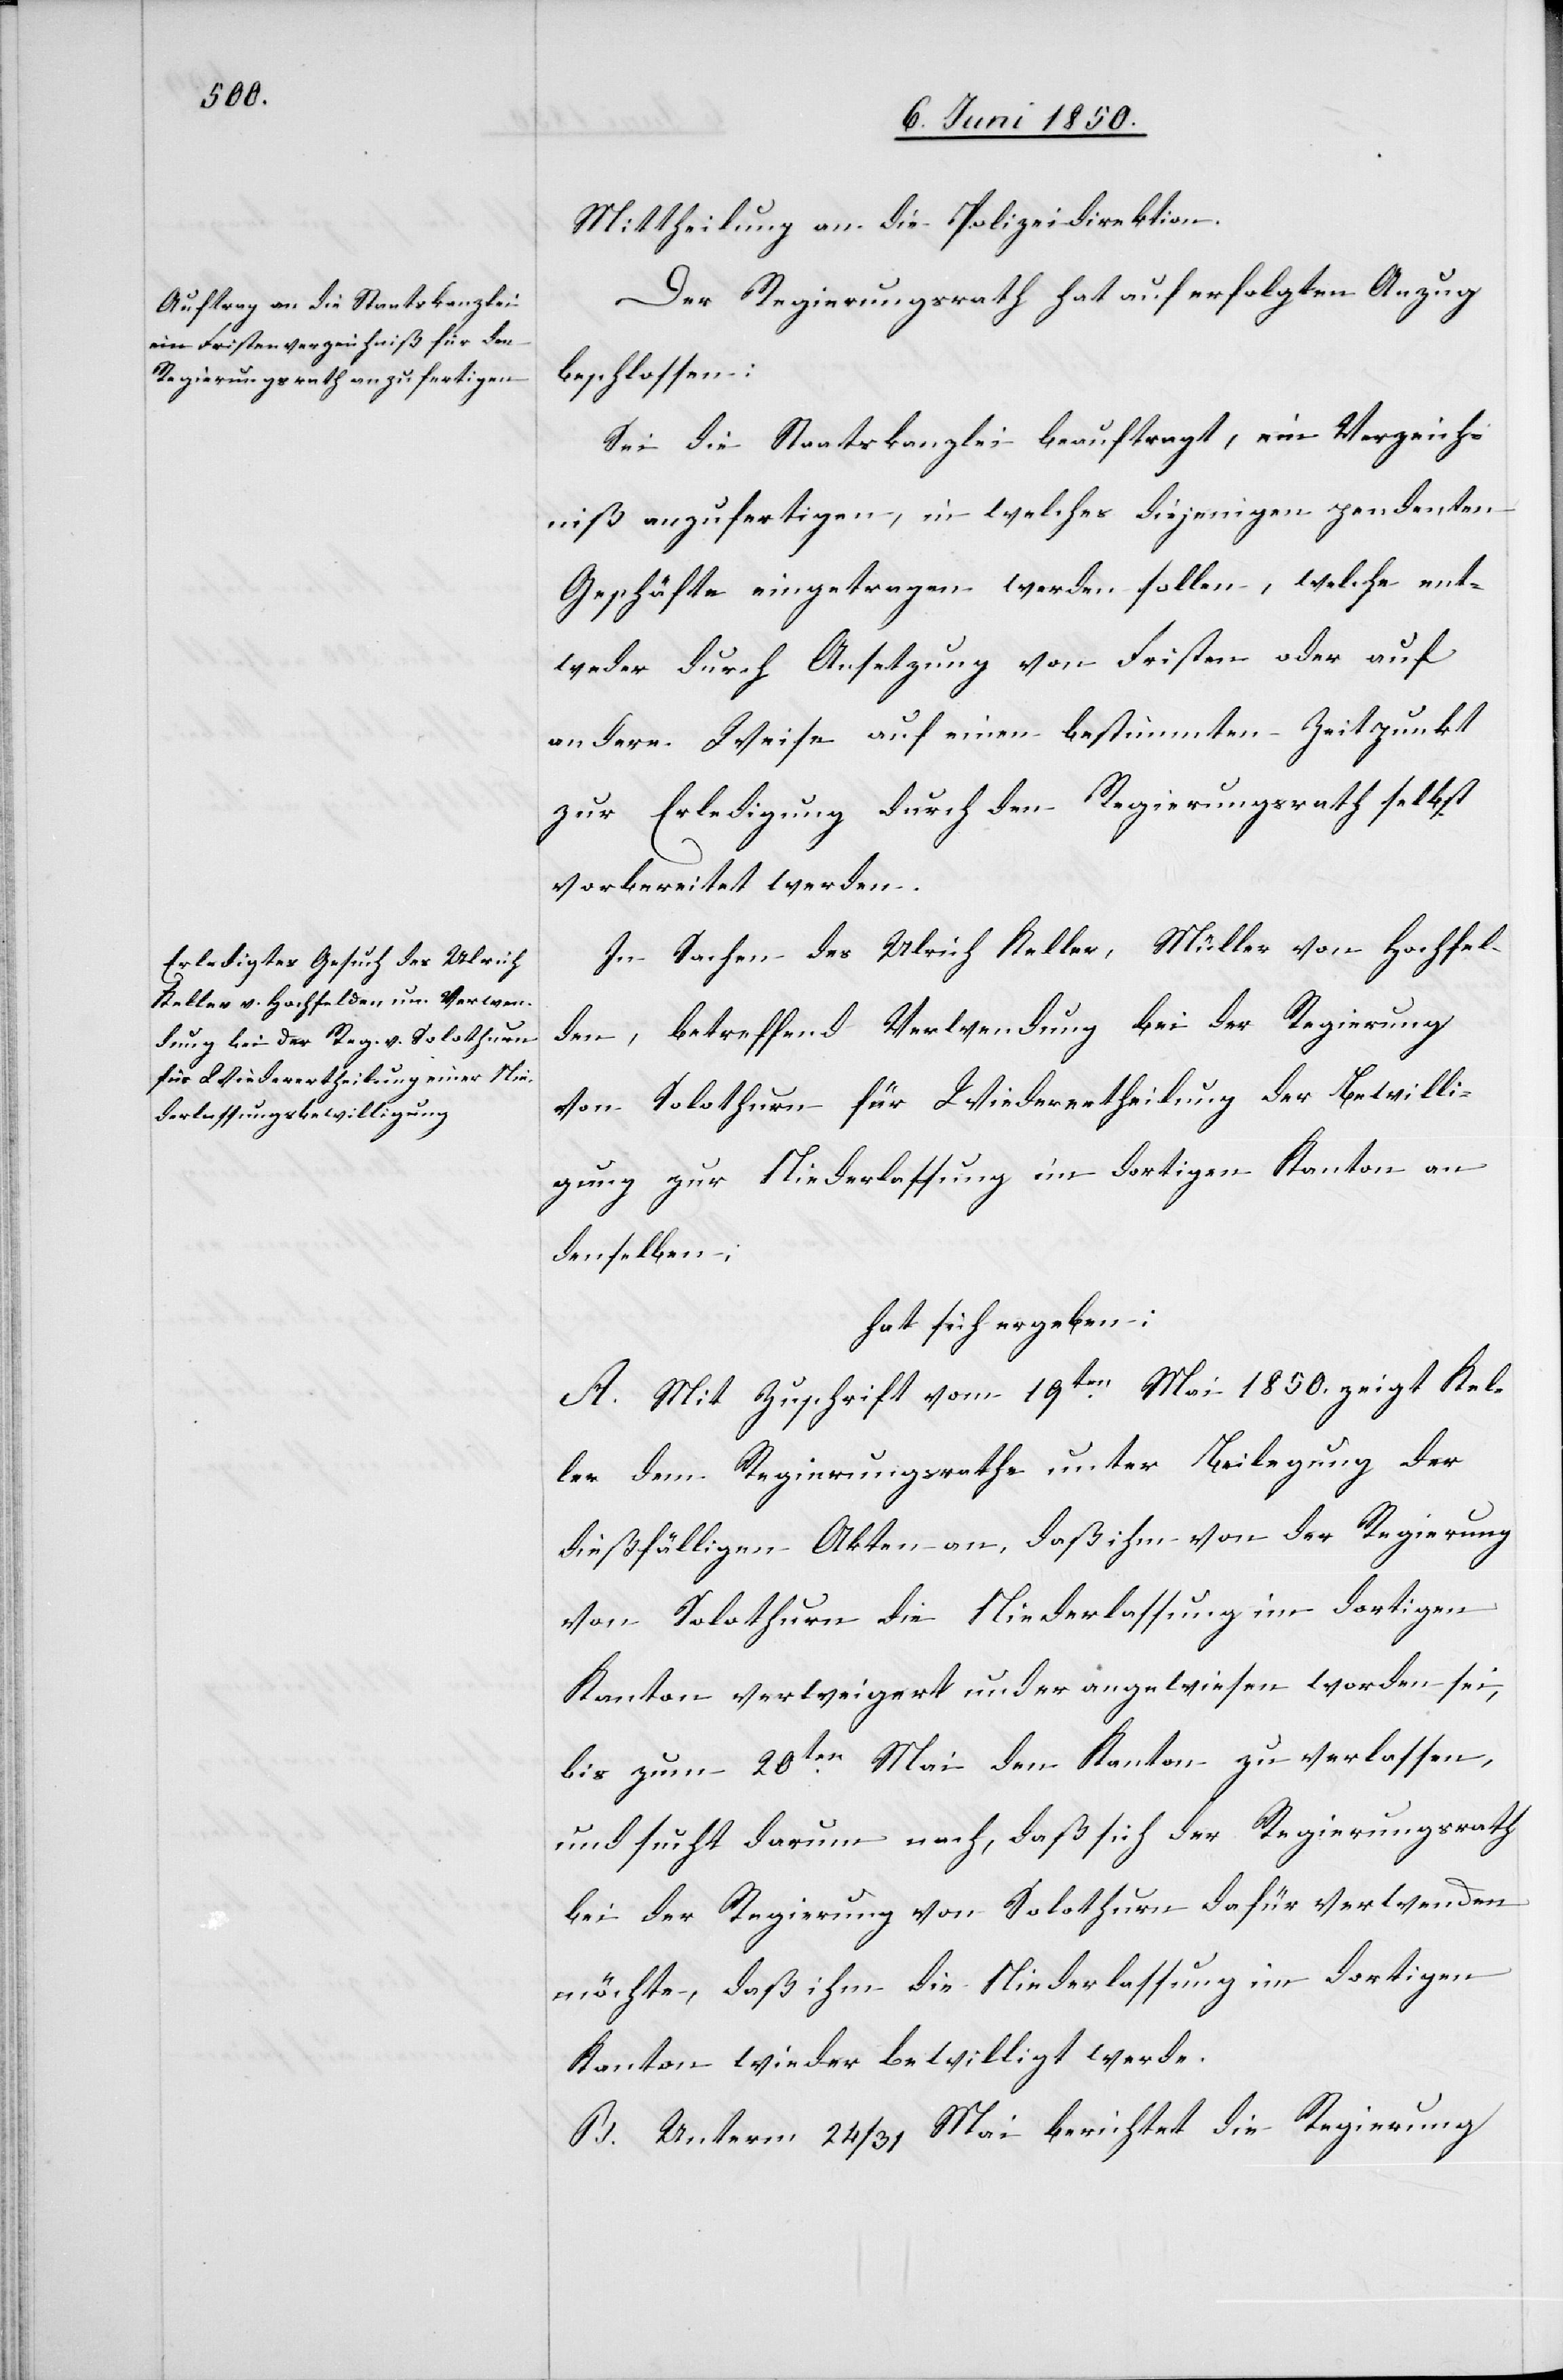
Mittheilung an die Polizeidirektion.
Der Regierungsrath hat auf erfolgten Anzug
beschlossen:
Sei die Staatskanzlei beauftragt, ein Verzeich¬
niß anzufertigen, in welches diejenigen pendenten
Geschäfte eingetragen werden sollen, welche ent¬
weder durch Ansetzung von Fristen oder auf
andere Weise auf einen bestimmten Zeitpunkt
zur Erledigung durch den Regierungsrath selbst
vorbereitet werden.
In Sachen des Ulrich Keller, Müller von Hochfel¬
den, betreffend Verwendung bei der Regierung
von Solothurn für Wiederertheilung der Bewilli¬
gung zur Niederlassung im dortigen Kanton an
denselben;
hat sich ergeben:
A. Mit Zuschrift vom 19ten Mai 1850. zeigt Kel¬
ler dem Regierungsrathe unter Beilegung der
dießfälligen Akten an, daß ihm von der Regierung
von Solothurn die Niederlassung im dortigen
Kanton verweigert und er angewiesen worden sei,
bis zum 20ten Mai den Kanton zu verlassen,
und sucht darum nach, daß sich der Regierungsrath
bei der Regierung von Solothurn dafür verwenden
möchte, daß ihm die Niederlassung im dortigen
Kanton wieder bewilligt werde.
B. Unterm 24/31 Mai berichtet die Regierung